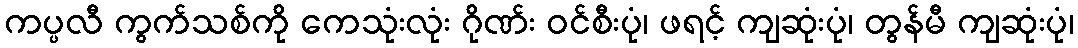
ကပ္ပလီ ကွက်သစ်ကို ကေသုံးလုံး ဂိုဏ်း ဝင်စီးပုံ၊ ဖရင့် ကျဆုံးပုံ၊ တွန်မီ ကျဆုံးပုံ၊